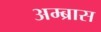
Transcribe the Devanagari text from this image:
अम्ब्रास